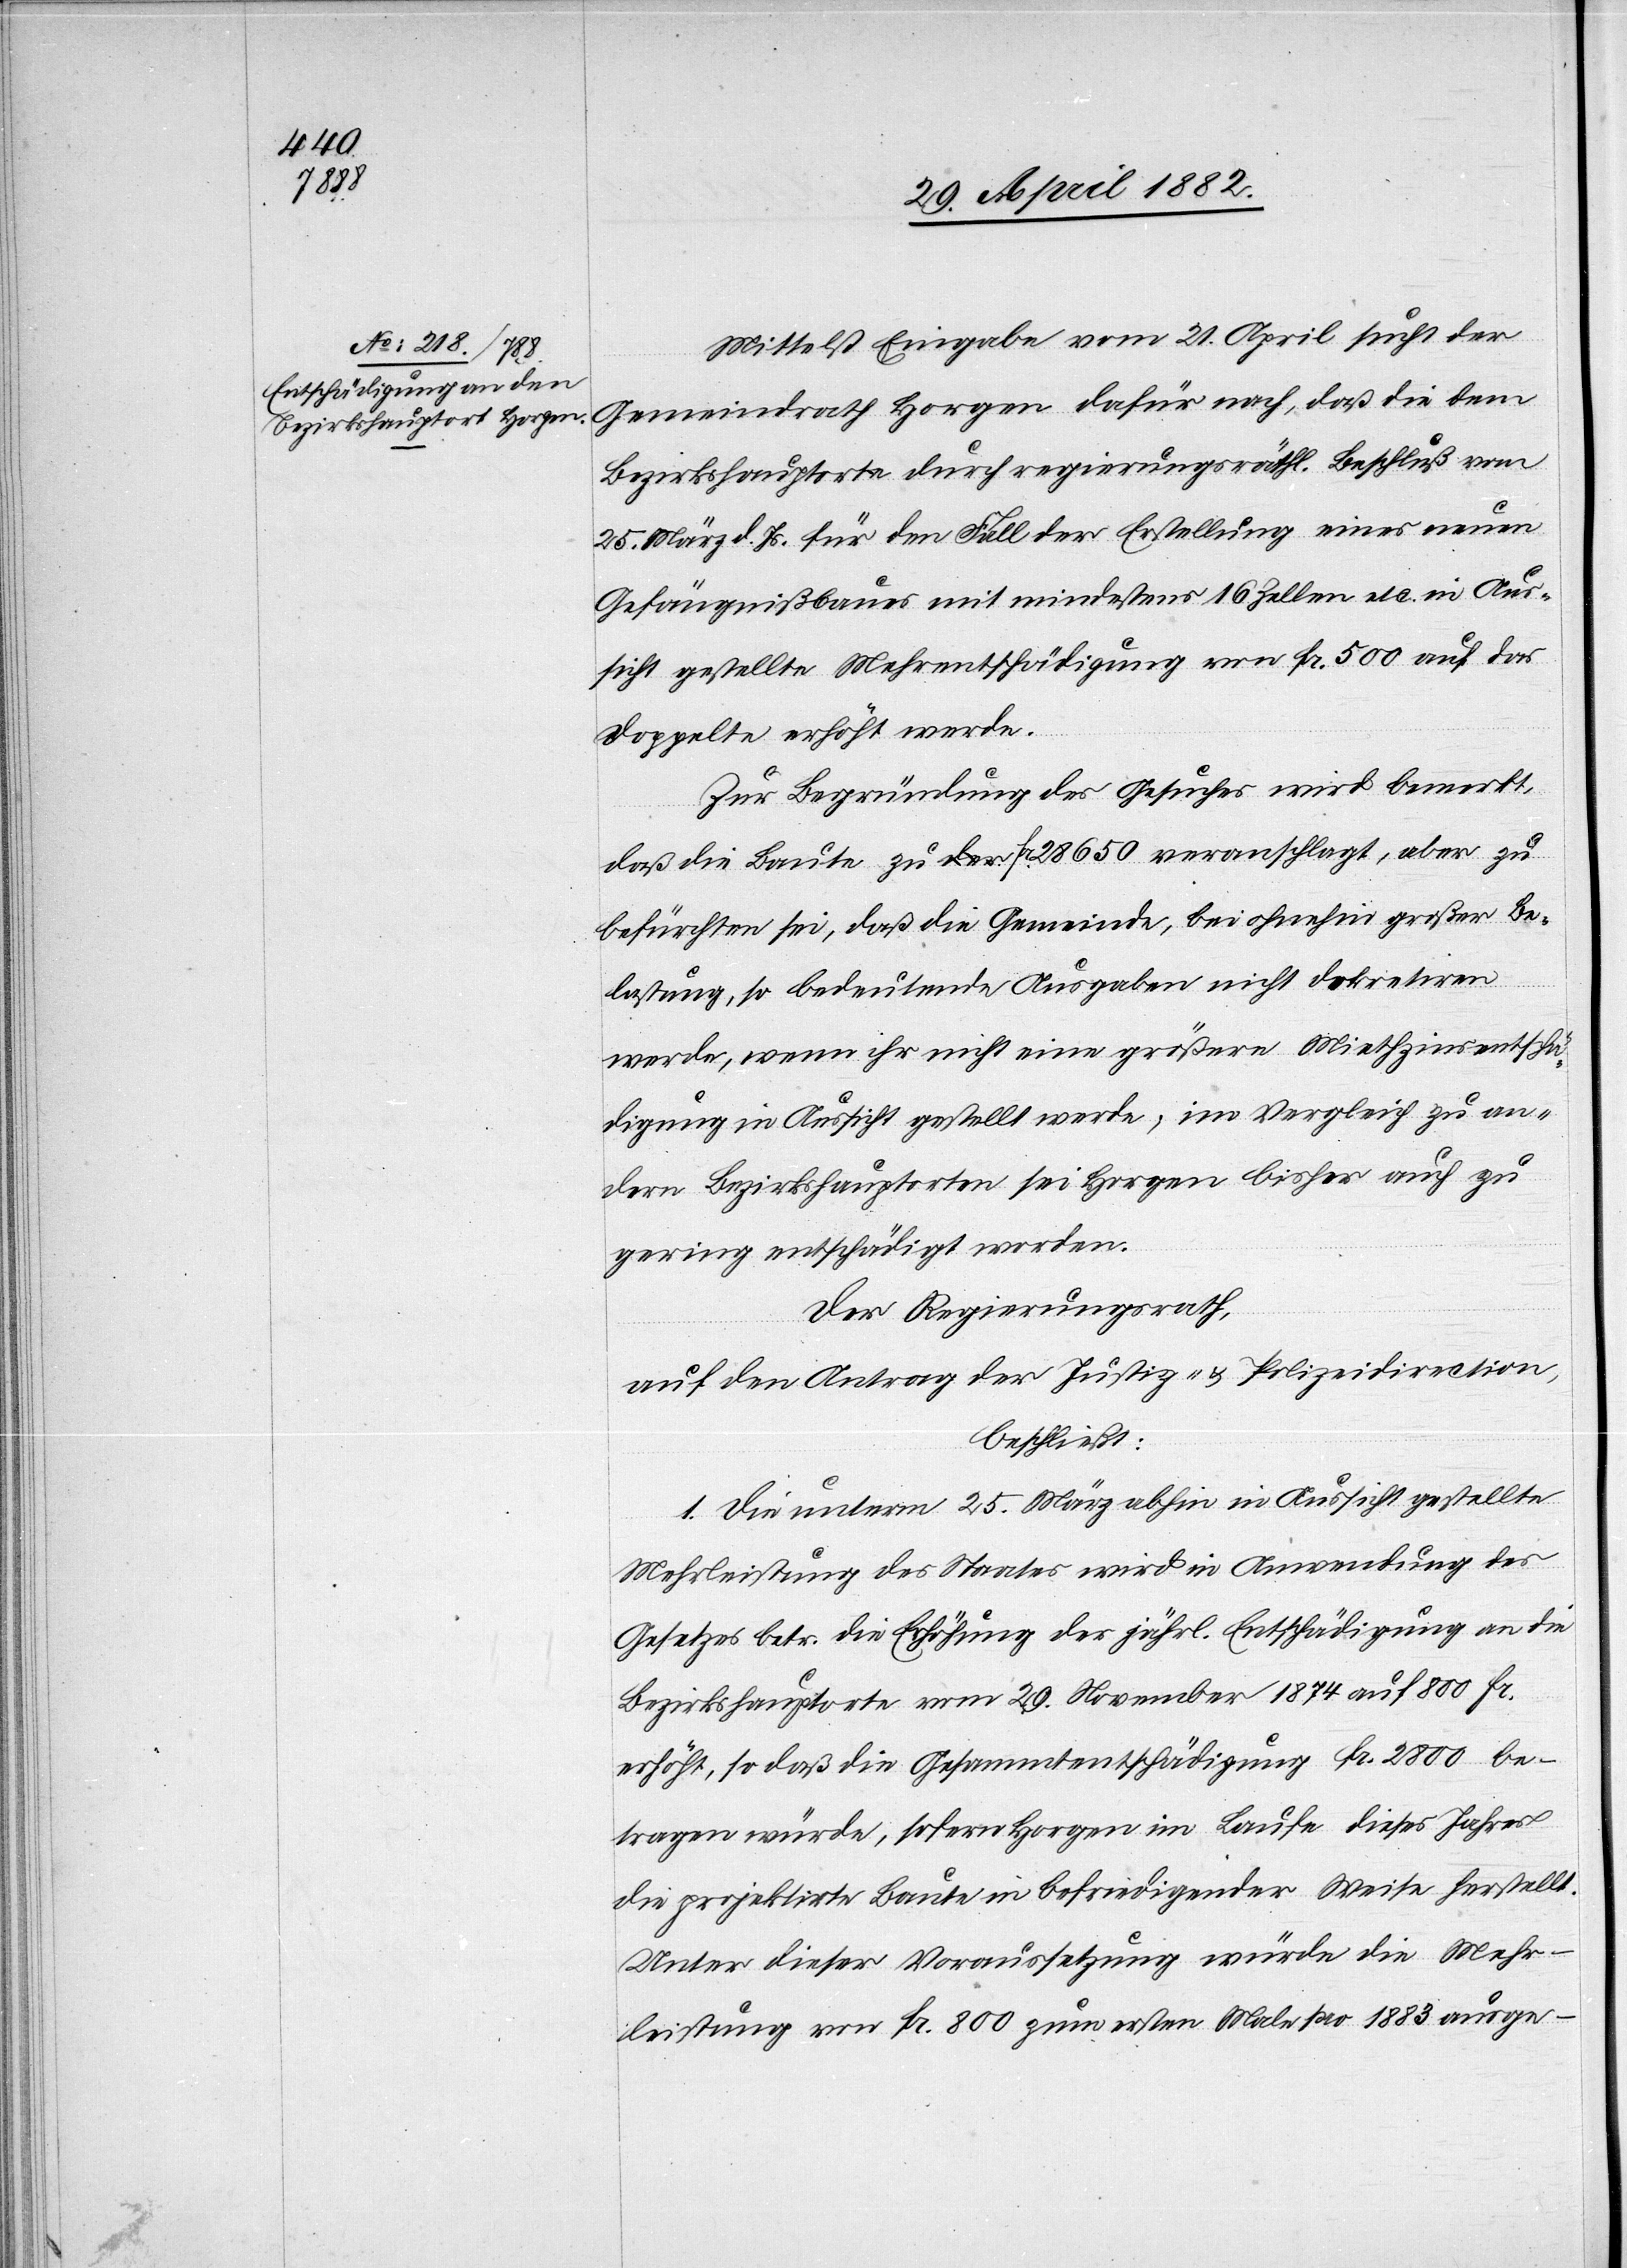
Mittelst Eingabe vom 21. April sucht der
Gemeindrath Horgen dafür nach, daß die dem
Bezirkshauptorte durch regierungsräthl. Beschluß vom
25. März d. Js. für den Fall der Erstellung eines neuen
Gefängnißbaues mit mindestens 16 Zellen etc. in Aus¬
sicht gestellte Mehrentschädigung von Fr. 500 auf das
doppelte erhöht werde.
Zur Begründung des Gesuches wird bemerkt,
daß die Baute zu Fr. 28 650 veranschlagt, aber zu
befürchten sei, daß die Gemeinde, bei ohnehin großer Be¬
lastung, so bedeutende Ausgaben nicht dekretiren
werde, wenn ihr nicht eine größere Miethzinsentschä¬
digung in Aussicht gestellt werde; im Vergleich zu an¬
dern Bezirkshauptorten sei Horgen bisher auch zu
gering entschädigt worden.
Der Regierungsrath,
auf den Antrag der Justiz- & Polizeidirektion,
beschließt:
1. Die unterm 25. März abhin in Aussicht gestellte
Mehrleistung des Staates wird in Anwendung des
Gesetzes betr. die Erhöhung der jährl. Entschädigung an die
Bezirkshauptorte vom 29. November 1874 auf 800 Fr.
erhöht, so daß die Gesammtentschädigung Fr. 2800 be¬
tragen würde, sofern Horgen im Laufe dieses Jahres
die projektirte Baute in befriedigender Weise herstellt.
Unter dieser Voraussetzung würde die Mehr¬
leistung von Fr. 800 zum ersten Male pro 1883 ausge-